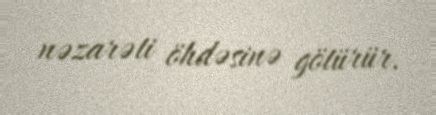
nəzarəti öhdəsinə götürür.